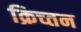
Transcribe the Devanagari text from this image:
क्रिच्तन